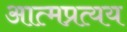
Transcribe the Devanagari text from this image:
आत्मप्रत्यय